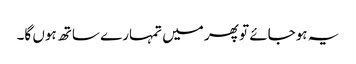
یہ ہوجائے تو پھر میں تمہارے ساتھ ہوں گا۔